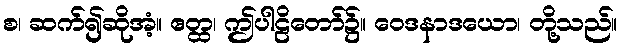
စ၊ ဆက်၍ဆိုအံ့။ ဧတ္ထ၊ ဤပါဠိတော်၌။ ဝေဒနာဒယော၊ တို့သည်။